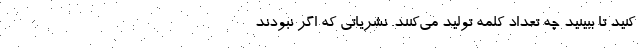
کنید تا ببینید چه تعداد کلمه تولید می‌کنند. نشریاتی که اگر نبودند